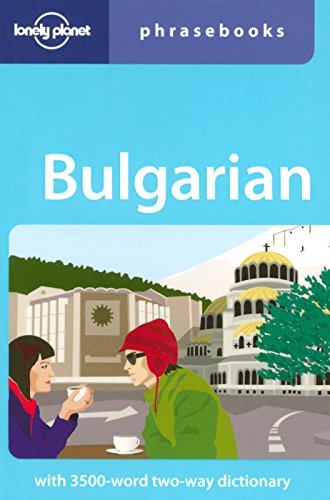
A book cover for Bulgarian (Lonely Planet Phrasebooks); Lonely Planet; Travel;